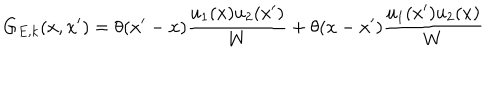
LaTeX: G _ { E , k } ( x , x ^ { \prime } ) = \theta ( x ^ { \prime } - x ) \frac { u _ { 1 } ( x ) u _ { 2 } ( x ^ { \prime } ) } { W } + \theta ( x - x ^ { \prime } ) \frac { u _ { 1 } ( x ^ { \prime } ) u _ { 2 } ( x ) } { W }